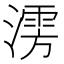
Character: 𰝃